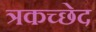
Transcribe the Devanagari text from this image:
त्रकच्छेद